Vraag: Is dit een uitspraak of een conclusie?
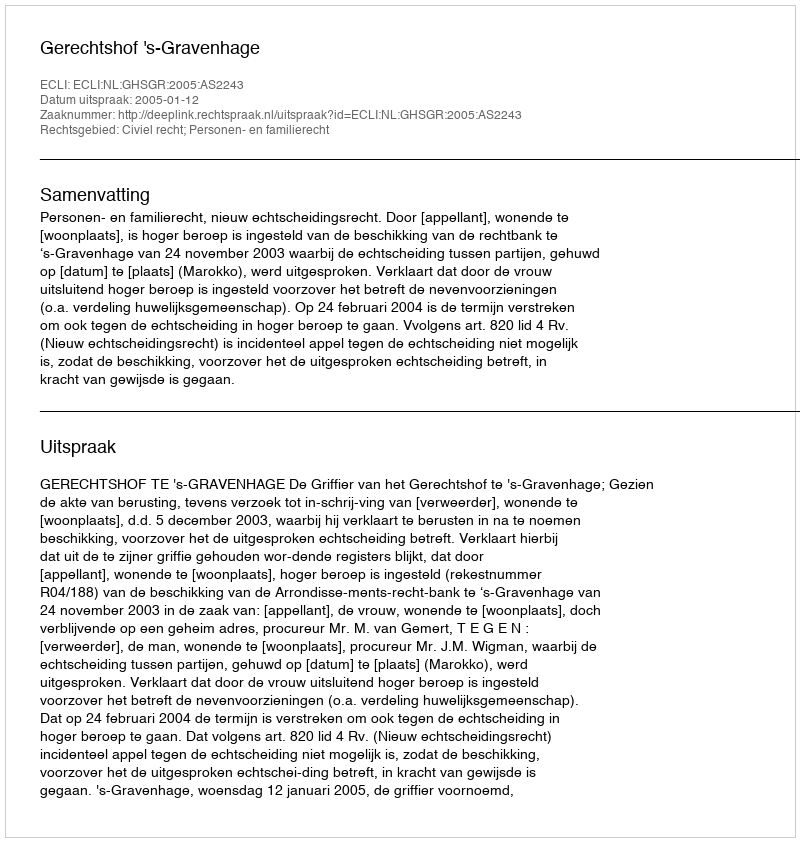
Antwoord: Uitspraak